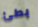
بطئ